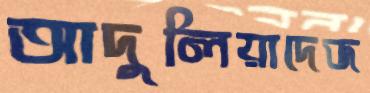
আদুলিয়াদেজ